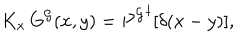
LaTeX: K _ { x } \, G ^ { \cal G } ( x , y ) = { P ^ { \cal G } } ^ { \dagger } [ \delta ( x - y ) ] ,